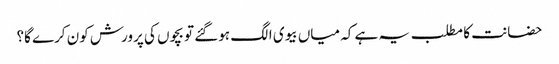
حضانت کا مطلب یہ ہے کہ میاں بیوی الگ ہوگئے تو بچوں کی پرورش کون کرے گا؟